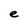
Character: e